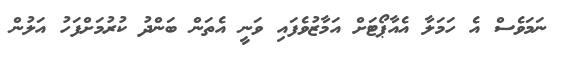
ނަމަވެސް އެ ހަމަލާ އެއާޕޯޓަށް އަމާޒުވެފައި ވަނީ އެތަން ބަންދު ކުރުމަށްފަހު އަލުން